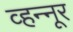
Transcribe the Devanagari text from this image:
व्हन्‍नूर